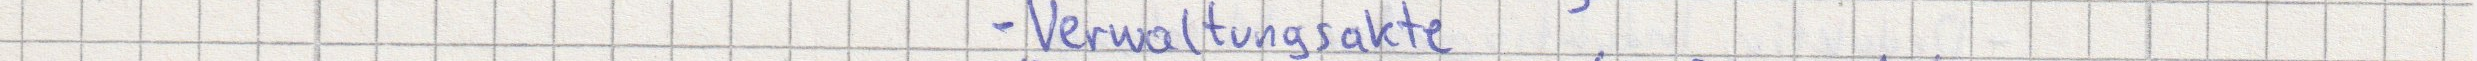
- Verwaltungsakte